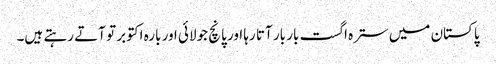
پاکستان میں سترہ اگست بار بار آتا رہا اور پانچ جولائی اور بارہ اکتوبر تو آتے رہتے ہیں۔